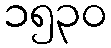
၁၅၃၀